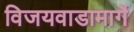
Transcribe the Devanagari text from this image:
विजयवाडामार्गे